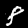
Label: 8